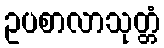
ဥပစာလာသုတ္တံ